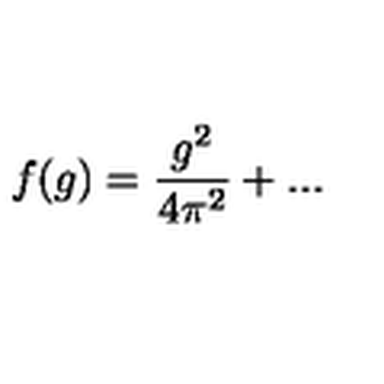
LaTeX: f ( g ) = \frac { g ^ { 2 } } { 4 \pi ^ { 2 } } + . . .